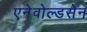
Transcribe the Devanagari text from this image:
एनेवोल्डसेन